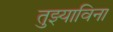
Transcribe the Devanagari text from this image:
तुझ्याविना